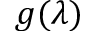
g ( \lambda )